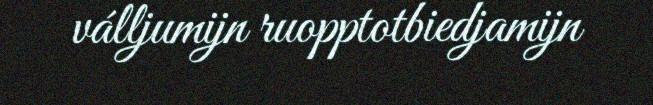
válljumijn ruopptotbiedjamijn